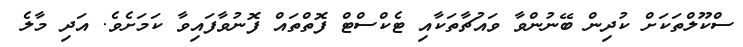
ސްކޫލްތަކަށް ކުދިން ބޭނުންވާ ވައުޗާތަކާއި ޓެކްސްޓް ފޮތްތައް ފޮނުވާފައިވާ ކަމަށެވެ. އަދި މާލެ